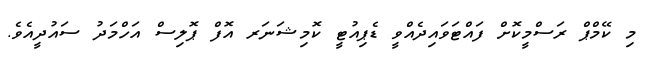
މި ކޭމްޕް ރަސްމީކޮށް ފައްޓަވައިދެއްވީ ޑެޕިއުޓީ ކޮމިޝަނަރ އޮފް ޕޮލިސް އަހްމަދު ސައުދީއެވެ.